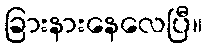
ခြားနားနေလေပြီ။